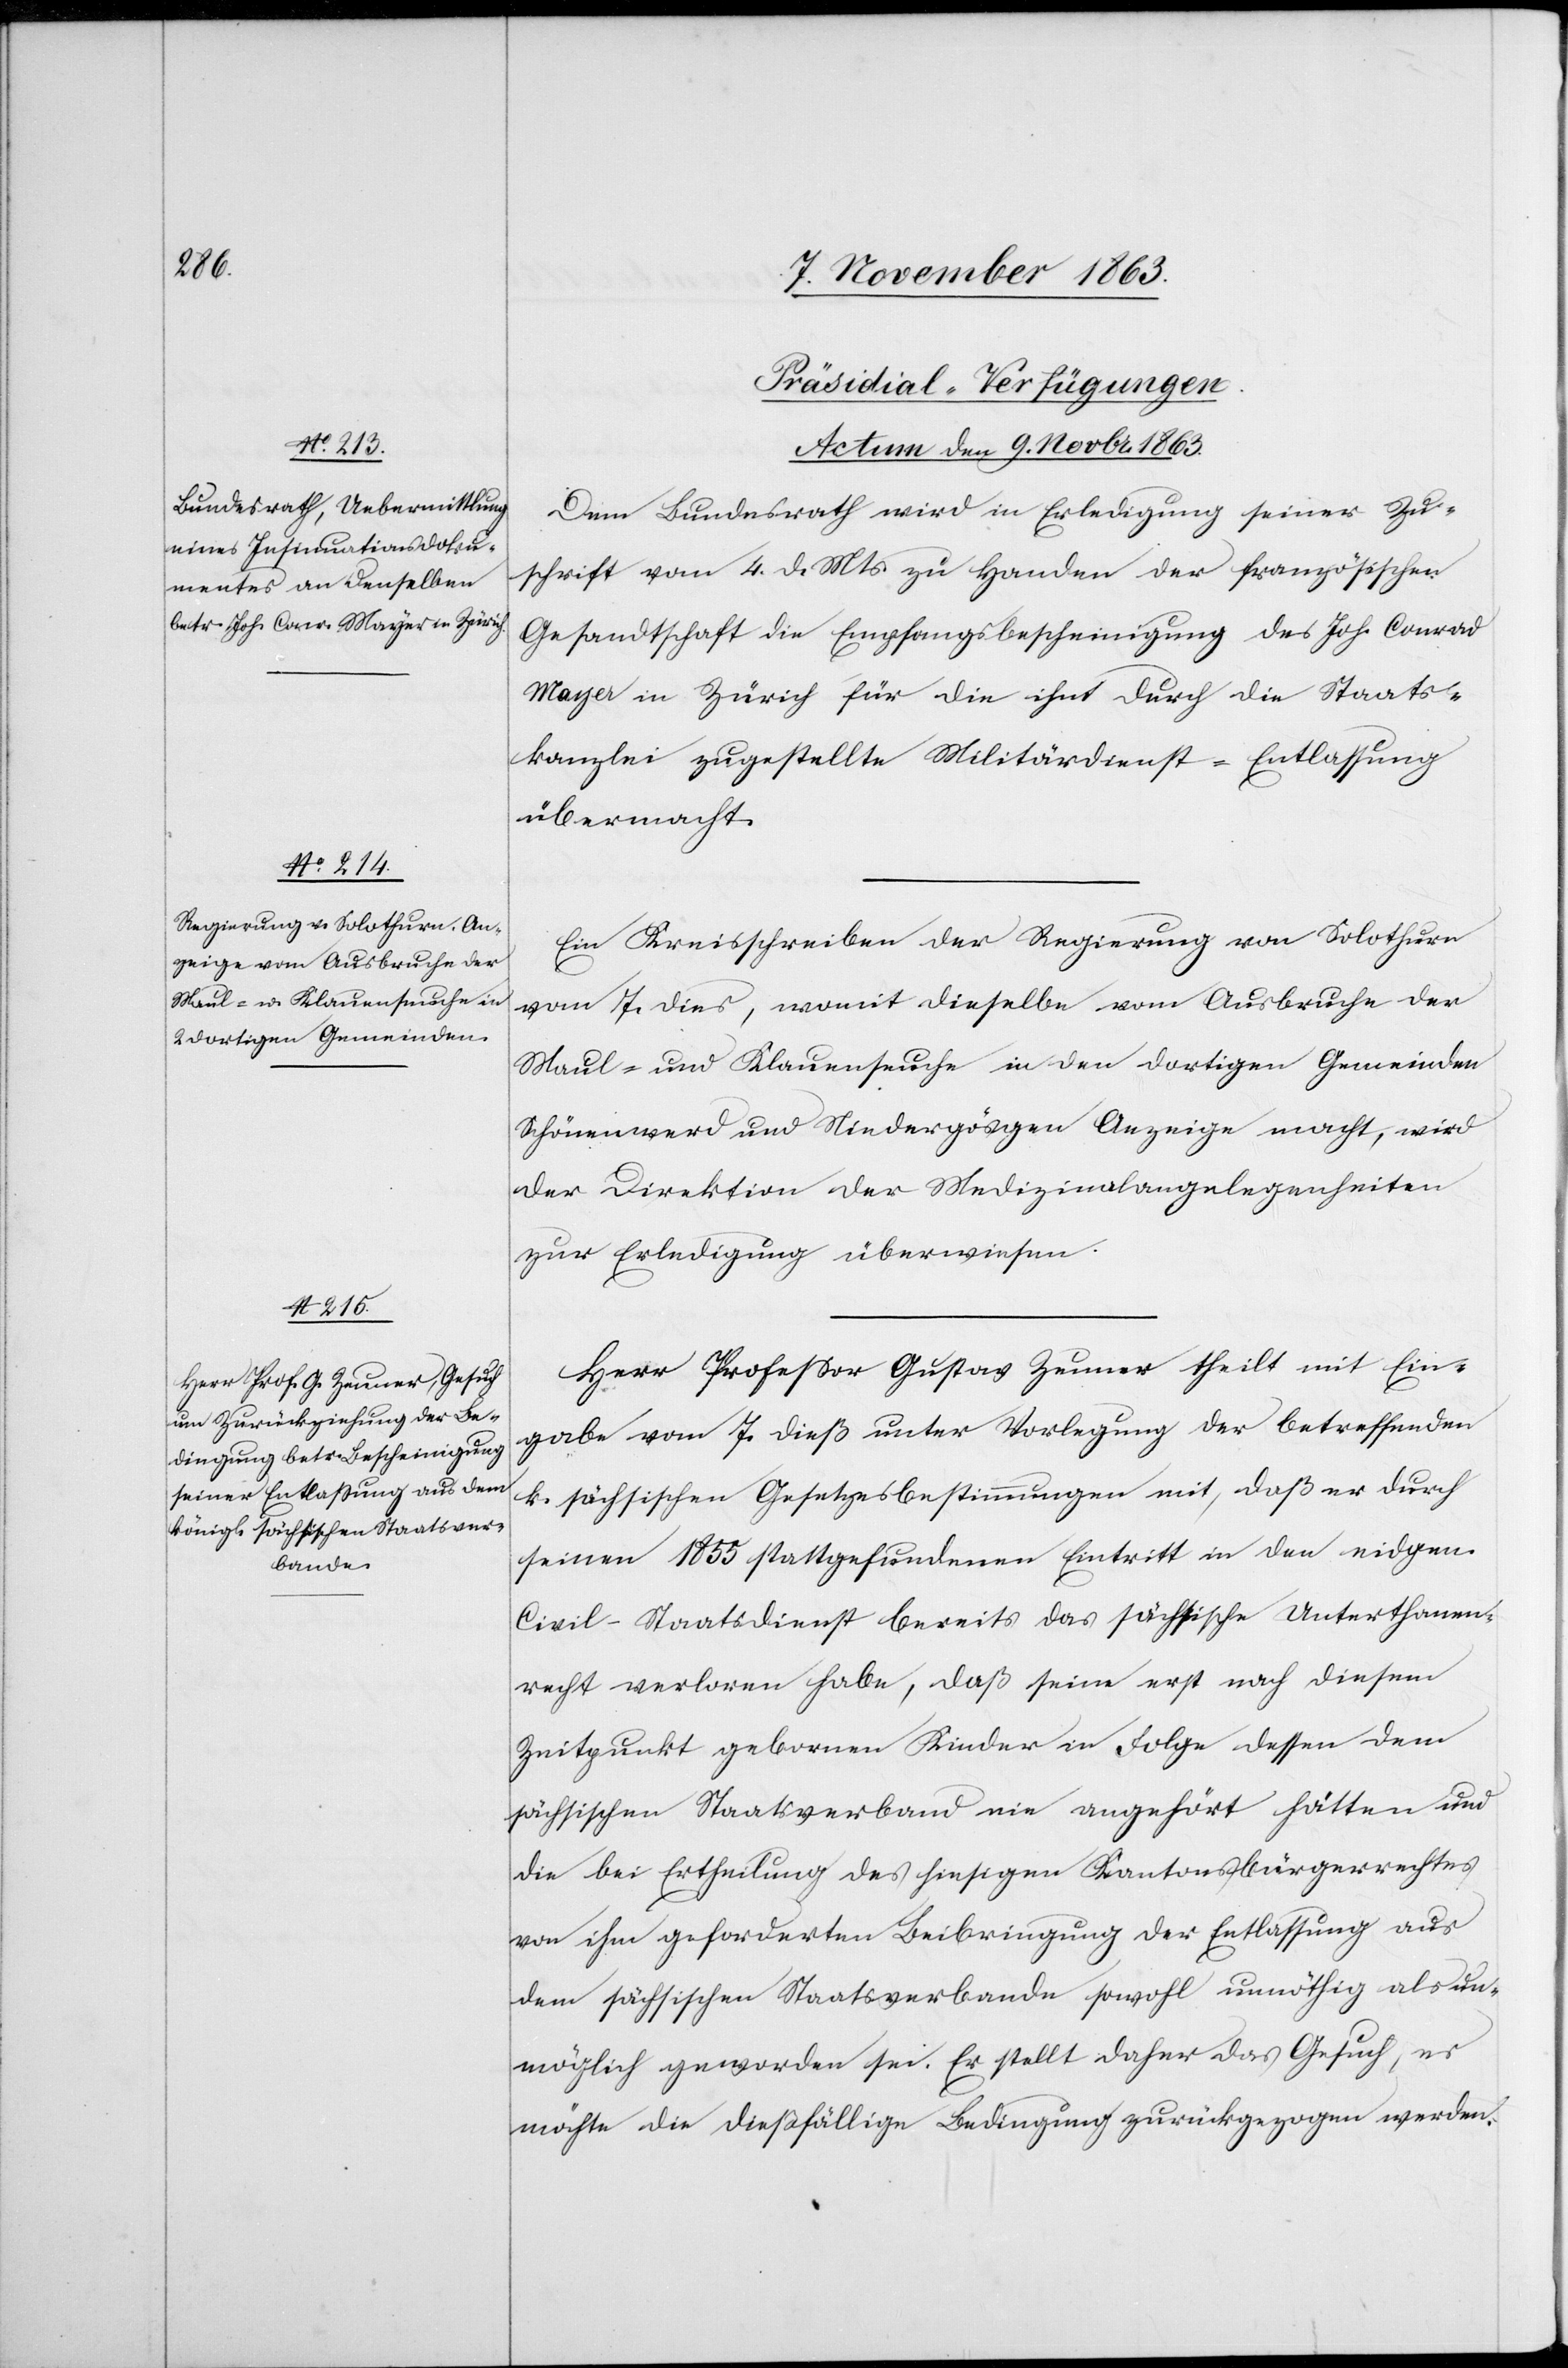
[Präsidial-Verfügungen.
Actum den 9. Novbr. 1863.]
Dem Bundesrath wird in Erledigung seiner Zu¬
schrift vom 4. d. Mts zu Handen der französischen
Gesandtschaft die Empfangsbescheinigung des Joh. Conrad
Mayer in Zürich für die ihm durch die Staats¬
kanzlei zugestellte Militärdienst-Entlassung
übermacht.
Ein Kreisschreiben der Regierung von Solothurn
vom 7. dies, womit dieselbe vom Ausbruche der
Maul- u. Klauenseuche in den dortigen Gemeinden
Schönenwerd und Niedergösgen Anzeige macht, wird
der Direktion der Medizinalangelegenheiten
zur Erledigung überwiesen.
Herr Professor Gustav Zeuner theilt mit Ein¬
gabe vom 7. dieß unter Vorlegung der betreffenden
k. sächsischen Gesetzesbestimmungen mit, daß er durch
seinen 1855 stattgefundenen Eintritt in den eidgen.
Civil-Staatsdienst bereits das sächsische Unterthanen¬
recht verloren habe, daß seine erst nach diesem
Zeitpunkt gebornen Kinder in Folge dessen dem
sächsischen Staatsverband nie angehört hätten und
die bei Ertheilung des hiesigen Kantonsbürgerrechtes
von ihm geforderten [sic!] Beibringung der Entlassung aus
dem sächsischen Staatsverbande sowohl unnöthig als un¬
möglich geworden sei. Er stellt daher das Gesuch, es
möchte die dießfällige Bedingung zurückgezogen werden.